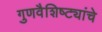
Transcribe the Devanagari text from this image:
गुणवैशिष्ट्यांचे